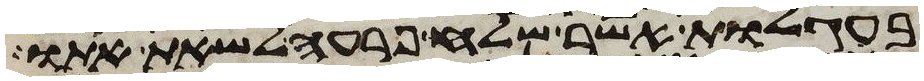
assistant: בעגלות אשר שלח פרעה לשאת אתו